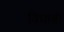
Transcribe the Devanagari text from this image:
विधाश्री